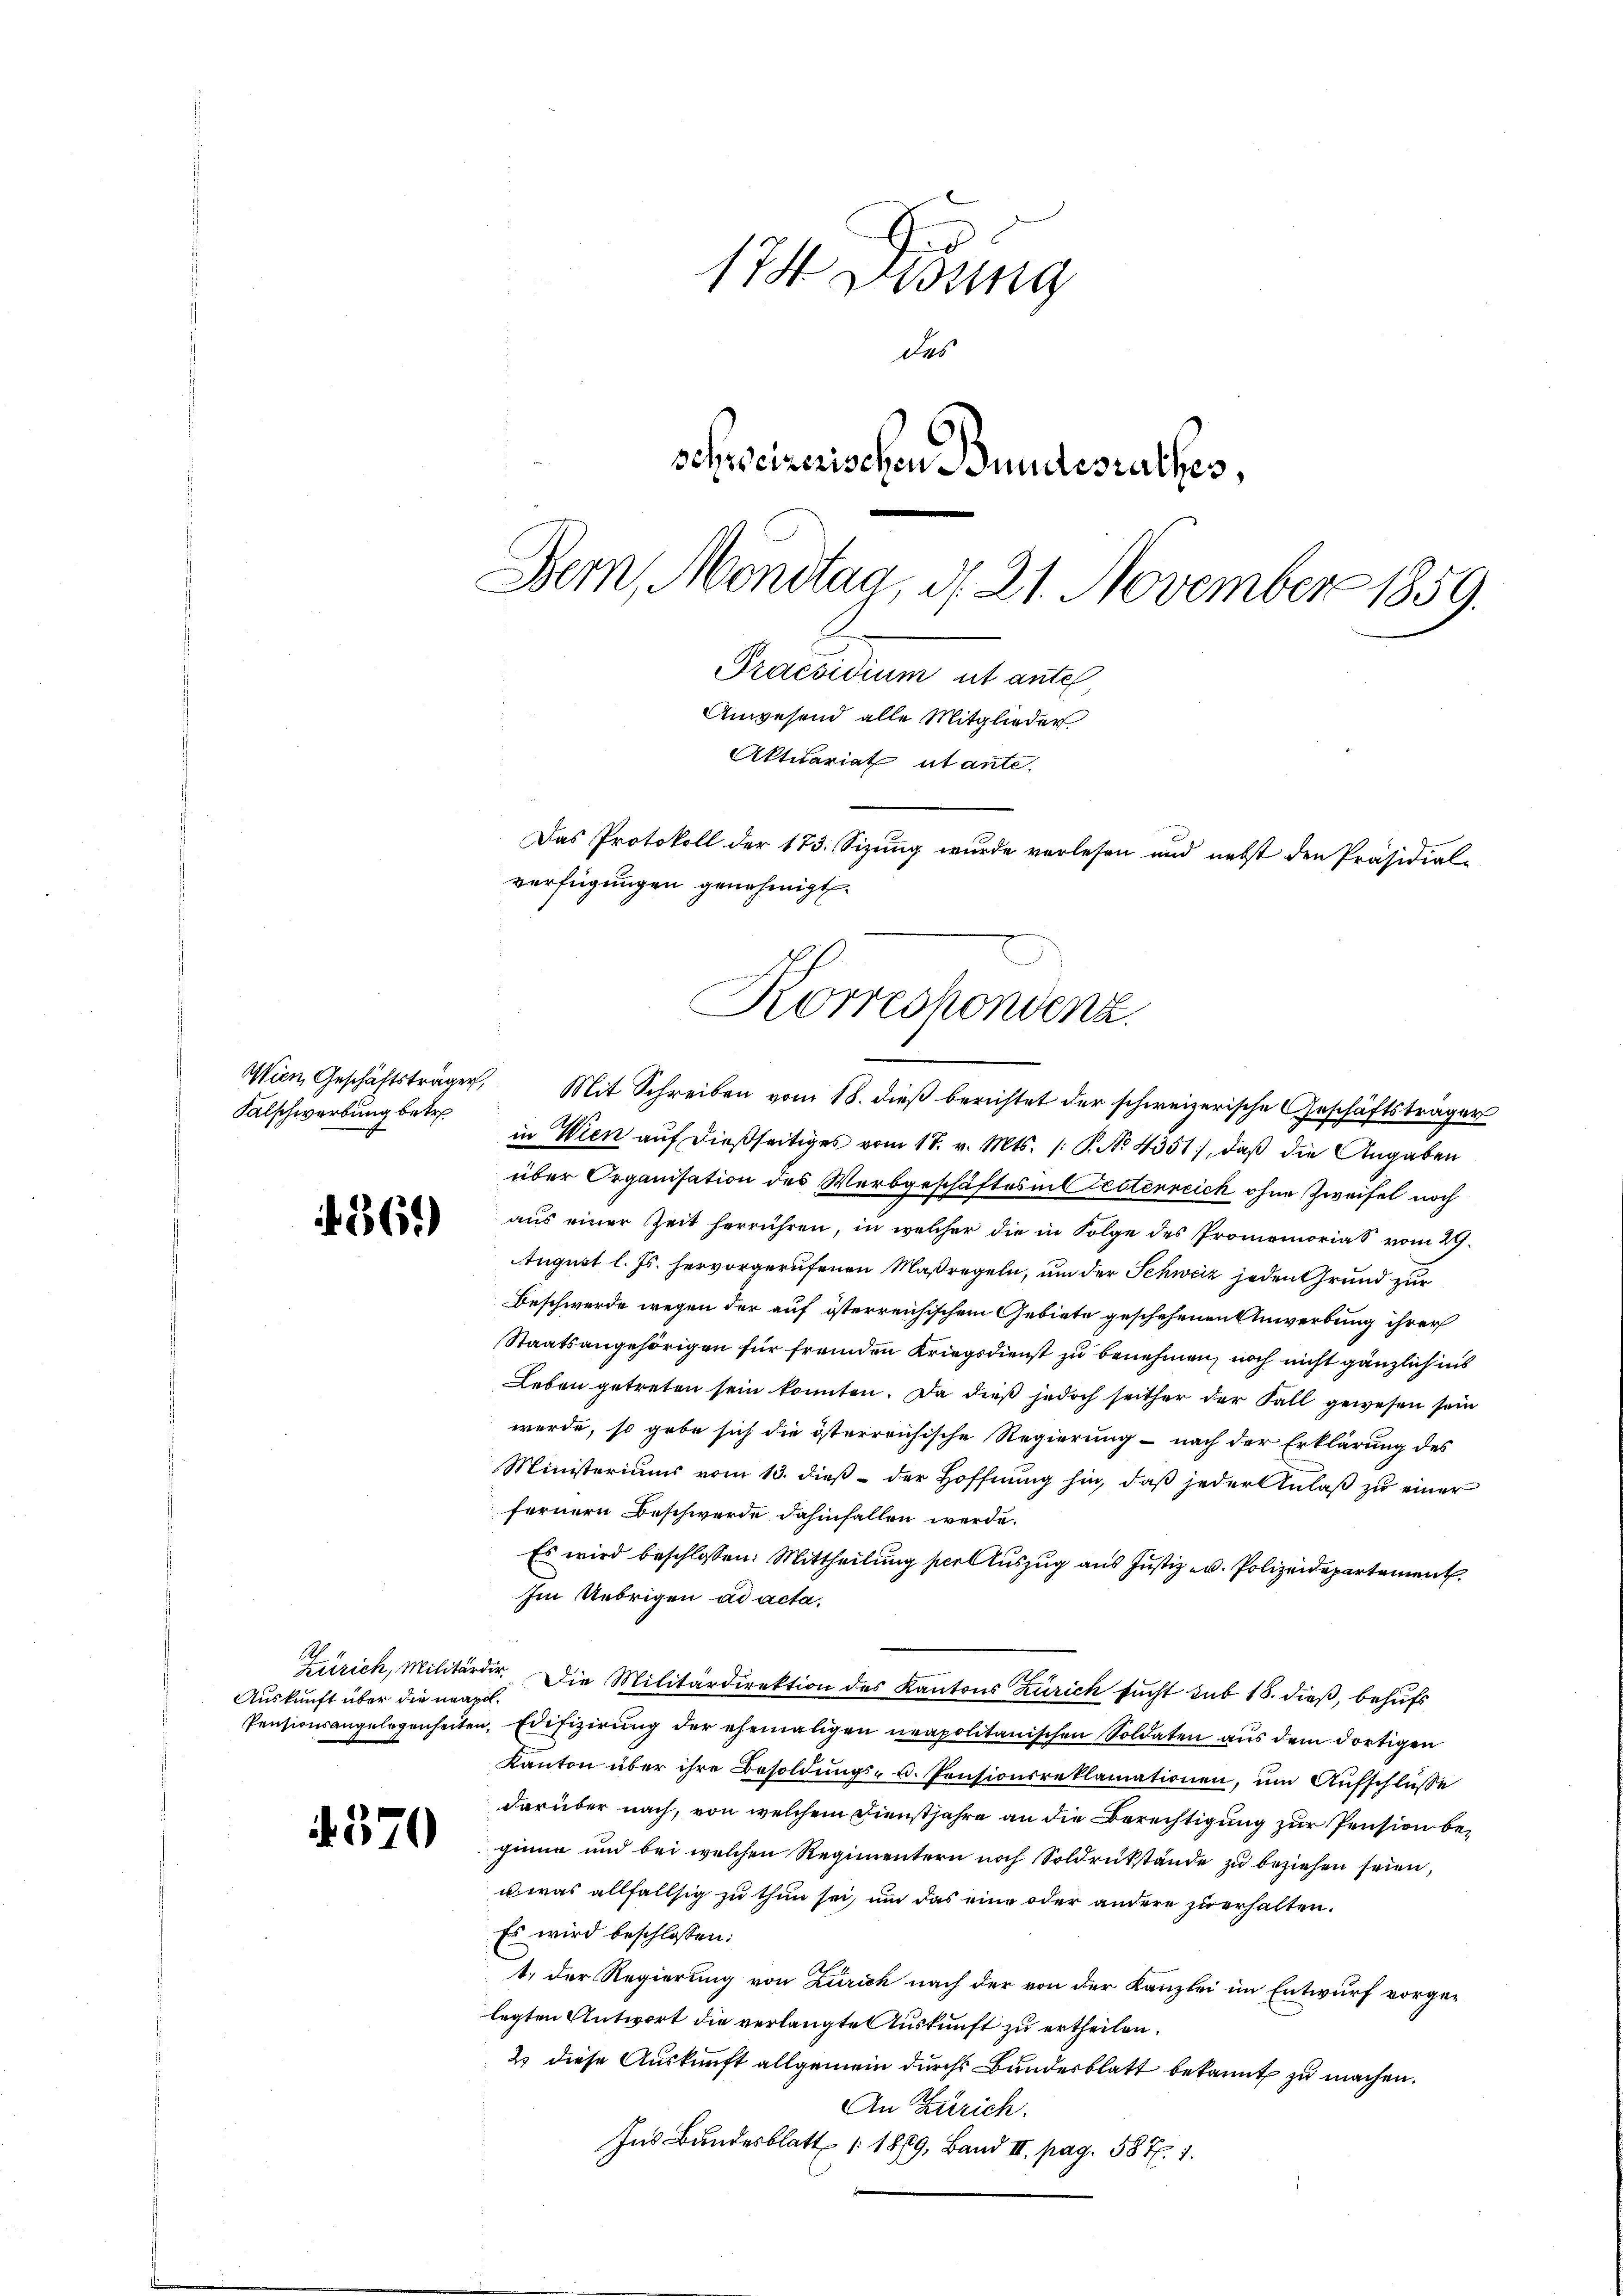
Falschwerbung betre

1361)

Auskunft über die neapol

4370

Korreshondenz.
Wien, Geschäftsträger, Mit Schreiben vom 18. dieβ berichtet der schweizerische Geschäftsträger

17 bedung
des
schweizerischen Bundesrathes,
Bern, Montag, d. 21. November 1859.
Praesidium ut antel,
Anwesend alle Mitglieder
Aktuariat utante.
Das Protokoll der 173. Sizung wurde verlesen und nebst den Präsidial-
verfügungen genehmigt.

in Wien auf dießseitiges vom 17. v. Mts. 1. P. No. 4351), daß die Angaben
über Organisation des Werbgeschäftes in testenreich ohne Zweifel noch
aŭs einer Zeit herrühren, in welcher die in Folge des Promemorias vom 29.
August l. Js. hervorgerufenen Maßregeln, um der Schweiz jeden Grund zur
Beschwerde wegen der auf österreichischem Gebiete geschehenen Anwerbung ihrer
Staatsangehörigen für fremden Kriegsdienst zu benehmen, noch nicht gänzlich ins
Leben getreten sein konnten. Da dieß jedoch seither der Fall gewesen sein
werde, so gebe sich die österreichische Regierung - nach der Erklärung des
Ministeriums vom 13. dieß der Hoffnung hin, daß jeder Anlaß zu einer
fernern Beschwerde dahinfallen werde.
Es wird beschlossen: Mittheilung seelauszug aus Justiz- u. Polizeidepartement
Im Uebrigen ad acta,
Zürich, Militärdir. Die Militärdirektion des Kantons Zürich sucht sub 18. dieß, behufs
Pensionsangelegenheiten, Edifizierŭng der ehemaligen neapolitanischen Soldaten aus dem dortigen
Kanton über ihre Besoldŭngs- u. Pensionsreklamationen, um Aufschlüsse
darüber nach, von welchem Dienstjahre an die Berechtigung zur Pension beginne und bei welchen Regimentern noch Soldrükstände zu beziehen seien,
u was allfällsig zu thun sei, um das eine oder andere zu erhalten.
Es wird beschlossen:
t. der Regierung von Zürich nach der von der Kanzlei im Entwurf vorgelegten Antwort die verlangte Auskunft zu ertheilen.
2 diese Auskunft allgemein durchs Bundesblatt bekannt zu machen.
An Zürich.
Ins Bundesblatt 1889, Band II. pag. 587. 1.